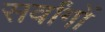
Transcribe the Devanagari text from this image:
सर्वांगों